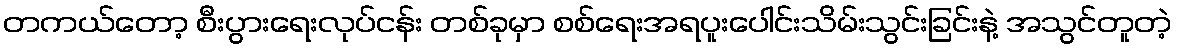
တကယ်တော့ စီးပွားရေးလုပ်ငန်း တစ်ခုမှာ စစ်ရေးအရပူးပေါင်းသိမ်းသွင်းခြင်းနဲ့ အသွင်တူတဲ့